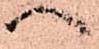
へ